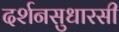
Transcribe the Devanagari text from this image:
दर्शनसुधारसी